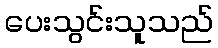
ပေးသွင်းသူသည်